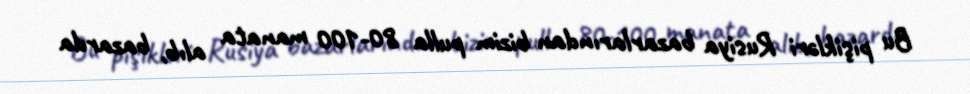
Bu pişikləri Rusiya bazarlarından bizim pulla 80-100 manata alıb, bazarda